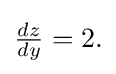
{\textstyle {\frac {dz}{dy}}=2.}